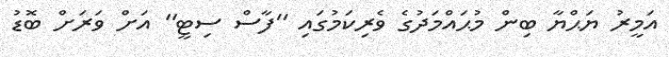
އަމީރު ޔަޙްޔާ ބިން މުޙައްމަދުގެ ވެރިކަމުގައި ''ފާސް ސިޓީ'' އަށް ވަރަށް ބޮޑު